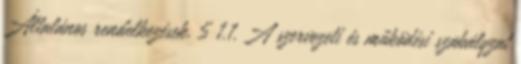
Általános rendelkezések. 5 1.1. A szervezeti és működési szabályzat